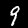
Label: 9